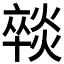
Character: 𭶈